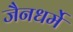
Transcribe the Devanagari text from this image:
जैनधर्मे